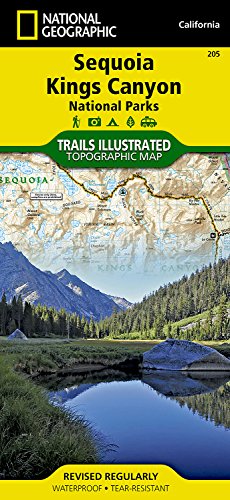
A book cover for Sequoia and Kings Canyon National Parks (National Geographic Trails Illustrated Map); National Geographic Maps - Trails Illustrated; Reference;